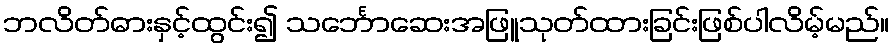
ဘလိတ်ဓားနှင့်ထွင်း၍ သင်္ဘောဆေးအဖြူသုတ်ထားခြင်းဖြစ်ပါလိမ့်မည်။